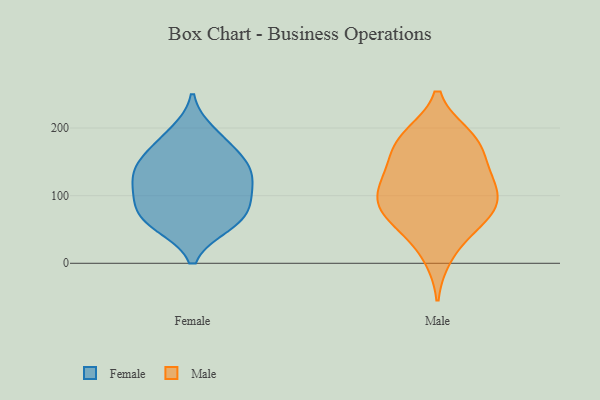
{"axis": {"x": "Churn Rate (%)", "y": "Value"}, "legend": ["Female", "Male"], "data": [{"x": "", "y": 180, "type": "Female"}, {"x": "", "y": 111, "type": "Female"}, {"x": "", "y": 154, "type": "Female"}, {"x": "", "y": 194, "type": "Female"}, {"x": "", "y": 88, "type": "Female"}, {"x": "", "y": 56, "type": "Female"}, {"x": "", "y": 122, "type": "Female"}, {"x": "", "y": 153, "type": "Female"}, {"x": "", "y": 100, "type": "Female"}, {"x": "", "y": 135, "type": "Female"}, {"x": "", "y": 56, "type": "Female"}, {"x": "", "y": 76, "type": "Female"}, {"x": "", "y": 66, "type": "Female"}, {"x": "", "y": 138, "type": "Female"}, {"x": "", "y": 116, "type": "Male"}, {"x": "", "y": 184, "type": "Male"}, {"x": "", "y": 66, "type": "Male"}, {"x": "", "y": 89, "type": "Male"}, {"x": "", "y": 184, "type": "Male"}, {"x": "", "y": 144, "type": "Male"}, {"x": "", "y": 85, "type": "Male"}, {"x": "", "y": 94, "type": "Male"}, {"x": "", "y": 129, "type": "Male"}, {"x": "", "y": 11, "type": "Male"}, {"x": "", "y": 167, "type": "Male"}, {"x": "", "y": 188, "type": "Male"}, {"x": "", "y": 50, "type": "Male"}, {"x": "", "y": 70, "type": "Male"}, {"x": "", "y": 116, "type": "Male"}]}